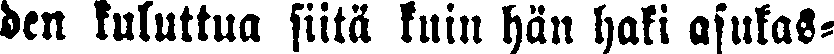
den kuluttua siitä kuin hän haki asukas-